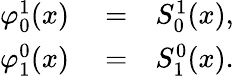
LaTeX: \begin{array}{rlr}{\varphi_{0}^{1}(x)}&{{}=}&{S_{0}^{1}(x),}\\ {\varphi_{1}^{0}(x)}&{{}=}&{S_{1}^{0}(x).}\end{array}